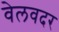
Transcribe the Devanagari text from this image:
वेलवदर